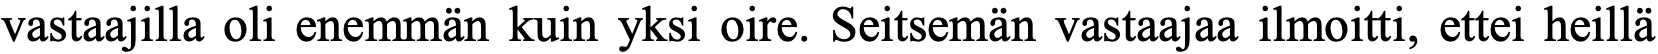
vastaajilla oli enemmän kuin yksi oire. Seitsemän vastaajaa ilmoitti, ettei heillä